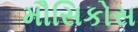
મૌસિકોસ